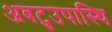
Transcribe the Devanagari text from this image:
अबटुउपास्थि